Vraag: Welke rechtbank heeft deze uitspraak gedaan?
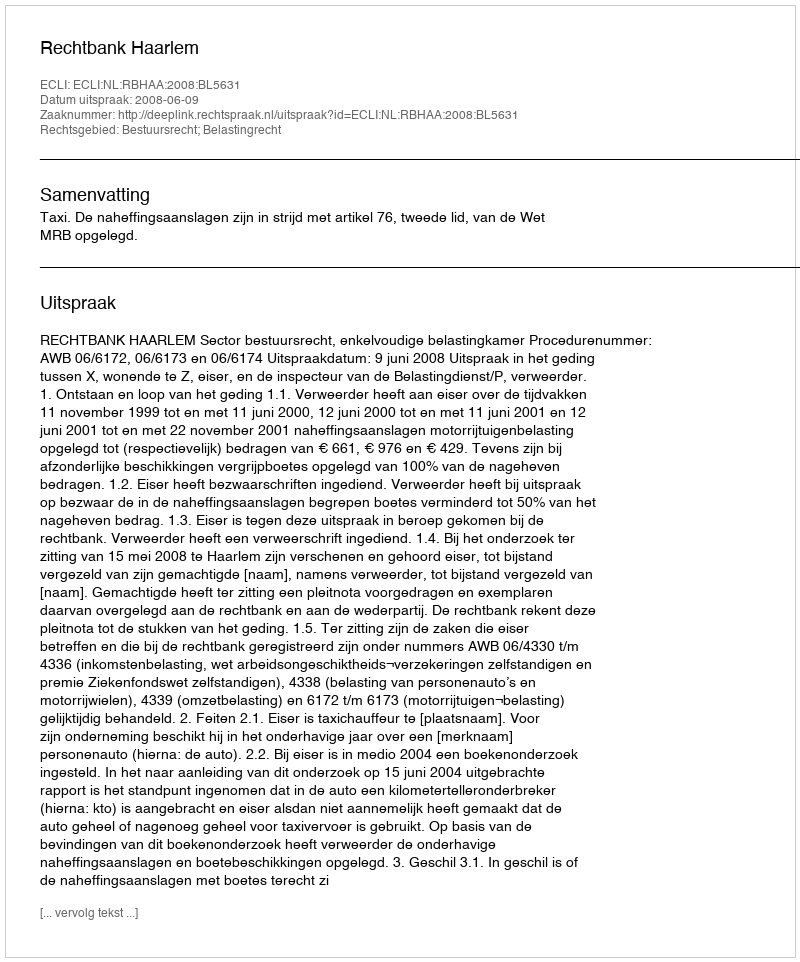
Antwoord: Rechtbank Haarlem